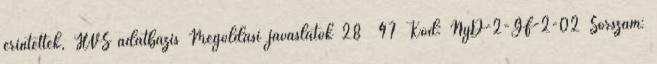
érintettek, HVS adatbázis Megoldási javaslatok 28 47 Kód: NyD-2-GF-2-02 Sorszám: